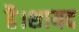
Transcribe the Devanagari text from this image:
है।शायद